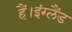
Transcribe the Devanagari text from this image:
हैं।इंग्लैंड